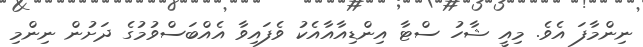
ނިންމާފަ އެވެ. މިއީ ޝާހު ސްޓާ އިންޑިއާއާއެކު ވެފައިވާ އެއްބަސްވުމުގެ ދަށުން ނިންމި